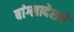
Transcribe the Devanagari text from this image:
बांग्लादेशचे